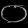
Digit: ၀